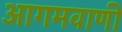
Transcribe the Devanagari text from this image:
आगमवाणी